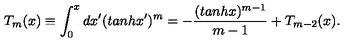
T _ { m } ( x ) \equiv \int _ { 0 } ^ { x } d x ^ { \prime } ( t a n h x ^ { \prime } ) ^ { m } = - \frac { ( t a n h x ) ^ { m - 1 } } { m - 1 } + T _ { m - 2 } ( x ) .